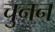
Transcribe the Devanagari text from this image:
चुनन